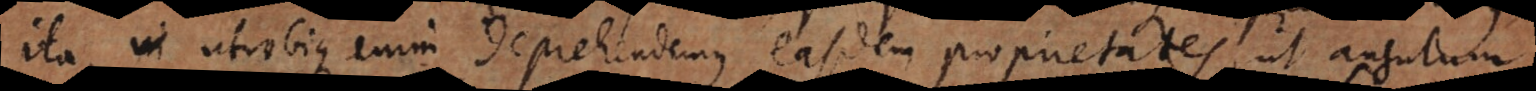
Ita utrobique enim deprehendemus easdem proprietates, ut angulum